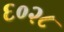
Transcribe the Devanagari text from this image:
६०२८